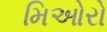
મિઓરો